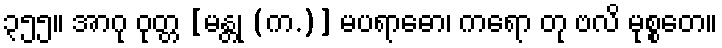
၃၅၅။ အာဂု ဝုတ္တ [မန္တု (က.)] မပရာဓော၊ ကရော တု ဗလိ မုစ္စတေ။